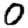
Digit: 0